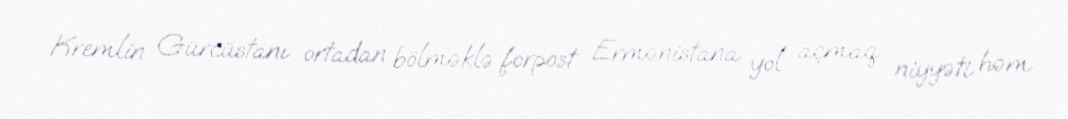
Kremlin Gürcüstanı ortadan bölməklə forpost Ermənistana yol açmaq niyyəti həm